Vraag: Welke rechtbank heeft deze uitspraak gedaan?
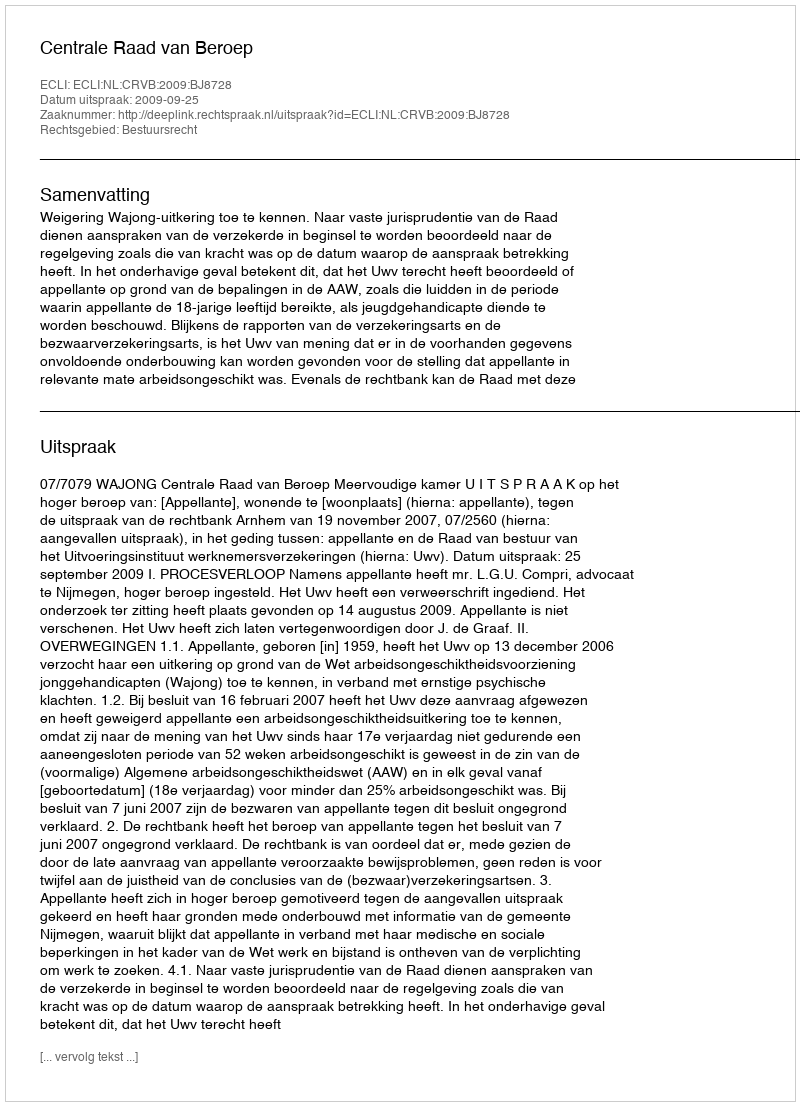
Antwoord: Centrale Raad van Beroep